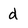
Character: d